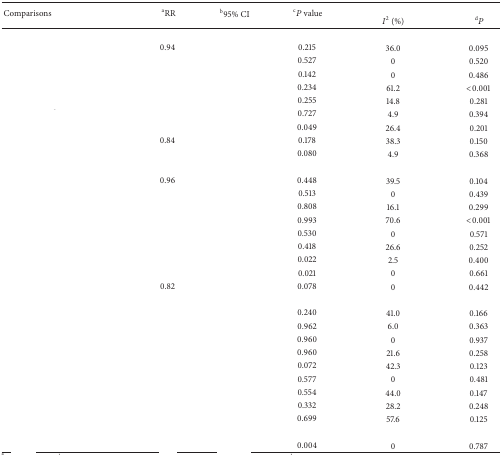
<table><thead><tr><td rowspan="2"><b>Comparisons</b></td><td rowspan="2"><b><sup>a</sup>RR</b></td><td rowspan="2"><b><sup>b</sup>95% CI</b></td><td rowspan="2"><b> <sup>c</sup><i>P</i> value</b></td><td colspan="2">[EMPTY_CELL]</td></tr><tr><td><b><i>I</i><sup>2</sup> (%)</b></td><td><b> <sup>d</sup><i>P</i></b></td></tr></thead><tbody><tr><td>[EMPTY_CELL]</td><td>[EMPTY_CELL]</td><td>[EMPTY_CELL]</td><td>[EMPTY_CELL]</td><td>[EMPTY_CELL]</td><td>[EMPTY_CELL]</td></tr><tr><td>[EMPTY_CELL]</td><td>0.94</td><td>[EMPTY_CELL]</td><td>0.215</td><td>36.0</td><td>0.095</td></tr><tr><td>[EMPTY_CELL]</td><td>[EMPTY_CELL]</td><td>[EMPTY_CELL]</td><td>0.527</td><td>0</td><td>0.520</td></tr><tr><td>[EMPTY_CELL]</td><td>[EMPTY_CELL]</td><td>[EMPTY_CELL]</td><td>0.142</td><td>0</td><td>0.486</td></tr><tr><td>[EMPTY_CELL]</td><td>[EMPTY_CELL]</td><td>[EMPTY_CELL]</td><td>0.234</td><td>61.2</td><td>&lt;0.001</td></tr><tr><td>[EMPTY_CELL]</td><td>[EMPTY_CELL]</td><td>[EMPTY_CELL]</td><td>0.255</td><td>14.8</td><td>0.281</td></tr><tr><td>[EMPTY_CELL]</td><td>[EMPTY_CELL]</td><td>[EMPTY_CELL]</td><td>0.727</td><td>4.9</td><td>0.394</td></tr><tr><td>[EMPTY_CELL]</td><td>[EMPTY_CELL]</td><td>[EMPTY_CELL]</td><td>0.049</td><td>26.4</td><td>0.201</td></tr><tr><td>[EMPTY_CELL]</td><td>0.84</td><td>[EMPTY_CELL]</td><td>0.178</td><td>38.3</td><td>0.150</td></tr><tr><td>[EMPTY_CELL]</td><td>[EMPTY_CELL]</td><td>[EMPTY_CELL]</td><td>0.080</td><td>4.9</td><td>0.368</td></tr><tr><td>[EMPTY_CELL]</td><td>[EMPTY_CELL]</td><td>[EMPTY_CELL]</td><td>[EMPTY_CELL]</td><td>[EMPTY_CELL]</td><td>[EMPTY_CELL]</td></tr><tr><td>[EMPTY_CELL]</td><td>0.96</td><td>[EMPTY_CELL]</td><td>0.448</td><td>39.5</td><td>0.104</td></tr><tr><td>[EMPTY_CELL]</td><td>[EMPTY_CELL]</td><td>[EMPTY_CELL]</td><td>0.513</td><td>0</td><td>0.439</td></tr><tr><td>[EMPTY_CELL]</td><td>[EMPTY_CELL]</td><td>[EMPTY_CELL]</td><td>0.808</td><td>16.1</td><td>0.299</td></tr><tr><td>[EMPTY_CELL]</td><td>[EMPTY_CELL]</td><td>[EMPTY_CELL]</td><td>0.993</td><td>70.6</td><td>&lt;0.001</td></tr><tr><td>[EMPTY_CELL]</td><td>[EMPTY_CELL]</td><td>[EMPTY_CELL]</td><td>0.530</td><td>0</td><td>0.571</td></tr><tr><td>[EMPTY_CELL]</td><td>[EMPTY_CELL]</td><td>[EMPTY_CELL]</td><td>0.418</td><td>26.6</td><td>0.252</td></tr><tr><td>[EMPTY_CELL]</td><td>[EMPTY_CELL]</td><td>[EMPTY_CELL]</td><td>0.022</td><td>2.5</td><td>0.400</td></tr><tr><td>[EMPTY_CELL]</td><td>[EMPTY_CELL]</td><td>[EMPTY_CELL]</td><td>0.021</td><td>0</td><td>0.661</td></tr><tr><td>[EMPTY_CELL]</td><td> 0.82</td><td>[EMPTY_CELL]</td><td>0.078</td><td>0</td><td>0.442</td></tr><tr><td>[EMPTY_CELL]</td><td>[EMPTY_CELL]</td><td>[EMPTY_CELL]</td><td>[EMPTY_CELL]</td><td>[EMPTY_CELL]</td><td>[EMPTY_CELL]</td></tr><tr><td>[EMPTY_CELL]</td><td>[EMPTY_CELL]</td><td>[EMPTY_CELL]</td><td>0.240</td><td>41.0</td><td>0.166</td></tr><tr><td>[EMPTY_CELL]</td><td>[EMPTY_CELL]</td><td>[EMPTY_CELL]</td><td>0.962</td><td>6.0</td><td>0.363</td></tr><tr><td>[EMPTY_CELL]</td><td>[EMPTY_CELL]</td><td>[EMPTY_CELL]</td><td>0.960</td><td>0</td><td>0.937</td></tr><tr><td>[EMPTY_CELL]</td><td>[EMPTY_CELL]</td><td>[EMPTY_CELL]</td><td>0.960</td><td>21.6</td><td>0.258</td></tr><tr><td>[EMPTY_CELL]</td><td>[EMPTY_CELL]</td><td>[EMPTY_CELL]</td><td>0.072</td><td>42.3</td><td>0.123</td></tr><tr><td>[EMPTY_CELL]</td><td>[EMPTY_CELL]</td><td>[EMPTY_CELL]</td><td>0.577</td><td>0</td><td>0.481</td></tr><tr><td>[EMPTY_CELL]</td><td>[EMPTY_CELL]</td><td>[EMPTY_CELL]</td><td>0.554</td><td>44.0</td><td>0.147</td></tr><tr><td>[EMPTY_CELL]</td><td>[EMPTY_CELL]</td><td>[EMPTY_CELL]</td><td>0.332</td><td>28.2</td><td>0.248</td></tr><tr><td>[EMPTY_CELL]</td><td>[EMPTY_CELL]</td><td>[EMPTY_CELL]</td><td>0.699</td><td>57.6</td><td>0.125</td></tr><tr><td>[EMPTY_CELL]</td><td>[EMPTY_CELL]</td><td>[EMPTY_CELL]</td><td>[EMPTY_CELL]</td><td>[EMPTY_CELL]</td><td>[EMPTY_CELL]</td></tr><tr><td>[EMPTY_CELL]</td><td>[EMPTY_CELL]</td><td>[EMPTY_CELL]</td><td>0.004</td><td>0</td><td>0.787</td></tr></tbody></table>